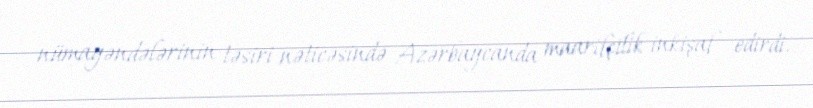
nümayəndələrinin təsiri nəticəsində Azərbaycanda maarifçilik inkişaf edirdi.